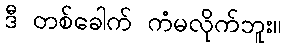
ဒီ တစ်ခေါက် ကံမလိုက်ဘူး။